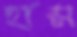
হান্স